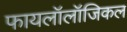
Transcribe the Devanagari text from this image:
फायलॉलॉजिकल